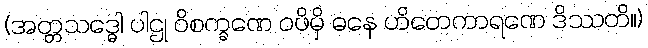
(အတ္တသဒ္ဓေါ ပါဌု ဝိစက္ခဏေ ဝဖိမှိ ဓနေ ဟိတေကာရဏေ ဒိဿတိ။)